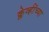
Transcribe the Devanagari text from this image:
क्लेर्व्हॉच्या